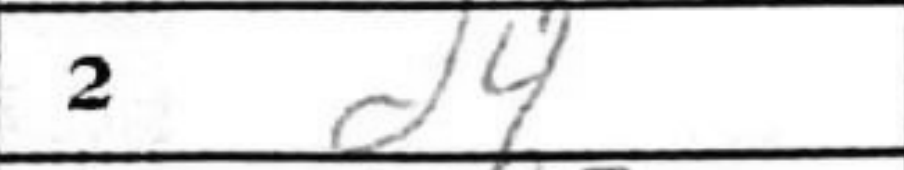
Transcription: d4